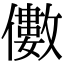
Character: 𠐍